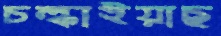
চল্‌কাইয়াছ